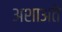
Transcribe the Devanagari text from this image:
अशाअते